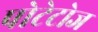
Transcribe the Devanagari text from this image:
पोटेटोज